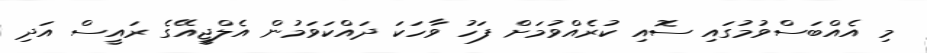
މި އެއްބަސްވުމުގައި ސޮއި ކުރެއްވުމަށް ފަހު ވާހަކަ ދައްކަވަމުން އެލްޖީއޭގެ ރައީސް އަދި